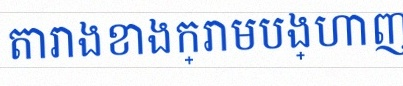
តារាងខាងក្រោមបង្ហាញពីទិន្នន័យ